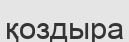
қоздыра